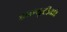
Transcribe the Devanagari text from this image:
डब्‍ल्यूटीओ